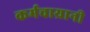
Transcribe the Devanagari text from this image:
कर्मचाय्रानी